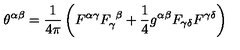
\theta ^ { \alpha \beta } = { \frac { 1 } { 4 \pi } } \left( F ^ { \alpha \gamma } F _ { \gamma } ^ { \ \beta } + { \frac { 1 } { 4 } } g ^ { \alpha \beta } F _ { \gamma \delta } F ^ { \gamma \delta } \right)